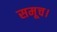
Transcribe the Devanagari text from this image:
समूच।